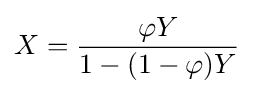
X={\frac {\varphi Y}{1-(1-\varphi )Y}}